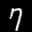
Label: 7